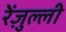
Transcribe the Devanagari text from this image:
रेंज़ुल्ली